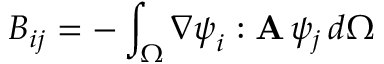
B _ { i j } = - \int _ { \Omega } \nabla \boldsymbol { \psi } _ { i } : \mathbf { A } \, \psi _ { j } \, d \Omega